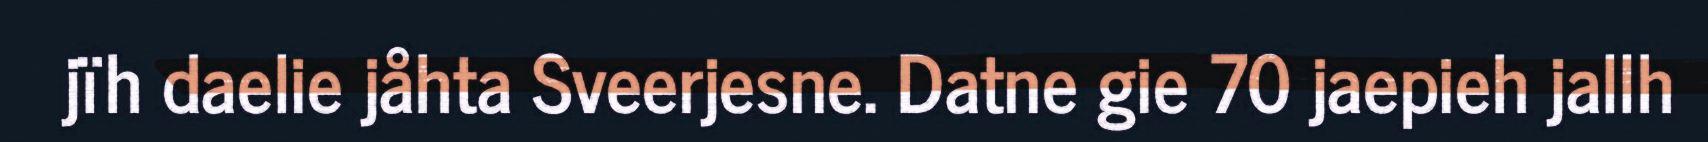
jïh daelie jåhta Sveerjesne. Datne gie 70 jaepieh jallh